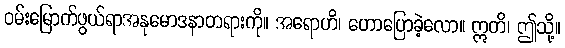
ဝမ်းမြောက်ဖွယ်ရာအနုမောဒနာတရားကို။ အရောဟိ၊ ဟောပြောခဲ့လော။ ဣတိ၊ ဤသို့။